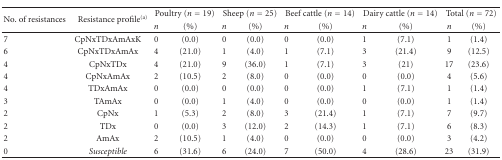
<table><thead><tr><td rowspan="2"><b>No. of resistances</b></td><td rowspan="2"><b> Resistance profile<sup>(a)</sup></b></td><td colspan="2"><b>Poultry (<i>n</i> = 19)</b></td><td colspan="2"><b>Sheep (<i>n</i> = 25)</b></td><td colspan="2"><b>Beef cattle (<i>n</i> = 14)</b></td><td colspan="2"><b>Dairy cattle (<i>n</i> = 14)</b></td><td colspan="2"><b>Total (<i>n</i> = 72)</b></td></tr><tr><td><b><i>n</i></b></td><td><b>(%)</b></td><td><b><i>n</i></b></td><td><b>(%)</b></td><td><b><i>n</i></b></td><td><b>(%)</b></td><td><b><i>n</i></b></td><td><b>(%)</b></td><td><b><i>n</i></b></td><td><b>(%)</b></td></tr></thead><tbody><tr><td>7</td><td>CpNxTDxAmAxK</td><td>0</td><td>(0.0)</td><td>0</td><td>(0.0)</td><td>0</td><td>(0.0)</td><td>1</td><td>(7.1)</td><td>1</td><td>(1.4)</td></tr><tr><td>6</td><td>CpNxTDxAmAx</td><td>4</td><td>(21.0)</td><td>1</td><td>(4.0)</td><td>1</td><td>(7.1)</td><td>3</td><td>(21.4)</td><td>9</td><td>(12.5)</td></tr><tr><td>4</td><td>CpNxTDx</td><td>4</td><td>(21.0)</td><td>9</td><td>(36.0)</td><td>1</td><td>(7.1)</td><td>3</td><td>(21)</td><td>17</td><td>(23.6)</td></tr><tr><td>4</td><td>CpNxAmAx</td><td>2</td><td>(10.5)</td><td>2</td><td>(8.0)</td><td>0</td><td>(0.0)</td><td>0</td><td>(0.0)</td><td>4</td><td>(5.6)</td></tr><tr><td>4</td><td>TDxAmAx</td><td>0</td><td>(0.0)</td><td>0</td><td>(0.0)</td><td>0</td><td>(0.0)</td><td>1</td><td>(7.1)</td><td>1</td><td>(1.4)</td></tr><tr><td>3</td><td>TAmAx</td><td>0</td><td>(0.0)</td><td>1</td><td>(4.0)</td><td>0</td><td>(0.0)</td><td>0</td><td>(0.0)</td><td>1</td><td>(1.4)</td></tr><tr><td>2</td><td>CpNx</td><td>1</td><td>(5.3)</td><td>2</td><td>(8.0)</td><td>3</td><td>(21.4)</td><td>1</td><td>(7.1)</td><td>7</td><td>(9.7)</td></tr><tr><td>2</td><td>TDx</td><td>0</td><td>(0.0)</td><td>3</td><td>(12.0)</td><td>2</td><td>(14.3)</td><td>1</td><td>(7.1)</td><td>6</td><td>(8.3)</td></tr><tr><td>2</td><td>AmAx</td><td>2</td><td>(10.5)</td><td>1</td><td>(4.0)</td><td>0</td><td>(0.0)</td><td>0</td><td>(0.0)</td><td>3</td><td>(4.2)</td></tr><tr><td>0</td><td><i>Susceptible</i></td><td>6</td><td>(31.6)</td><td>6</td><td>(24.0)</td><td>7</td><td>(50.0)</td><td>4</td><td>(28.6)</td><td>23</td><td>(31.9)</td></tr></tbody></table>